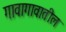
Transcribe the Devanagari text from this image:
गावागावातील